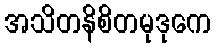
အသိတနိစိတမုဒုကေ